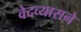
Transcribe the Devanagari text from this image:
वेदव्यासने